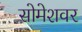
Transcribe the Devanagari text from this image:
सोमेशवर